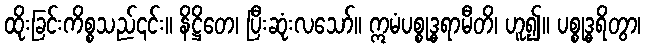
ထိုးခြင်းကိစ္စသည်၎င်း။ နိဋ္ဌိတေ၊ ပြီးဆုံးလသော်။ ဣမံပစ္စုဒ္ဓရာမီတိ၊ ဟူ၍။ ပစ္စုဒ္ဓရိတွာ၊